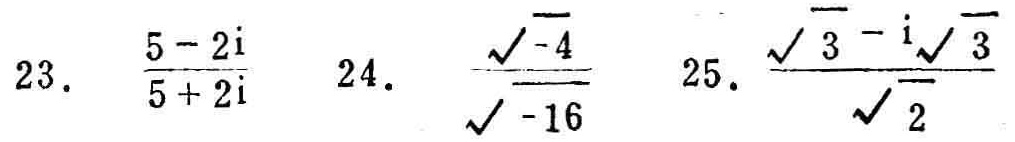
23. \(\frac{5 - 2i}{5 + 2i}\)
24. \(\frac{\sqrt{-4}}{\sqrt{-16}}\)
25. \(\frac{\sqrt{3}-i\sqrt{3}}{\sqrt{2}}\)